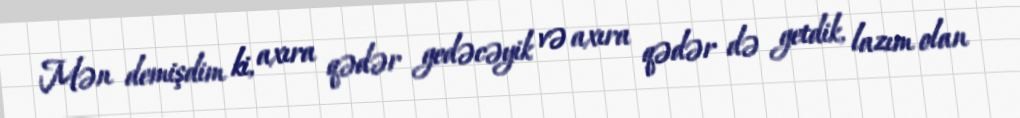
Mən demişdim ki, axıra qədər gedəcəyik və axıra qədər də getdik, lazım olan